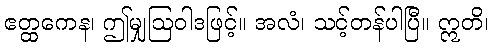
ဧတ္ထကေန၊ ဤမျှဩဝါဒဖြင့်။ အလံ၊ သင့်တန်ပါပြီ။ ဣတိ၊